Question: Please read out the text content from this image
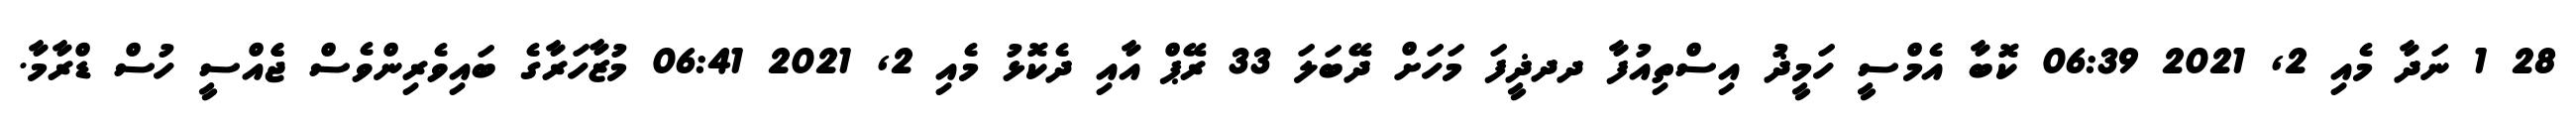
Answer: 28 1 ނަދާ މެއި 2, 2021 06:39 ކޮބާ އެމްސީ ހަމީޛު އިސްތިއުފާ ދދޛީފަ މަހަށް ދޭބަލަ 33 ރޭޕް އާއި ދެކޮޅު މެއި 2, 2021 06:41 މުޒާހަރާގެ ބައިވެރިންވެސް ޖެެއްސީ ހުސް ޑްރާމާ.